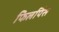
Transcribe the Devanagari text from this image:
फिलपिंस